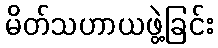
မိတ်သဟာယဖွဲ့ခြင်း